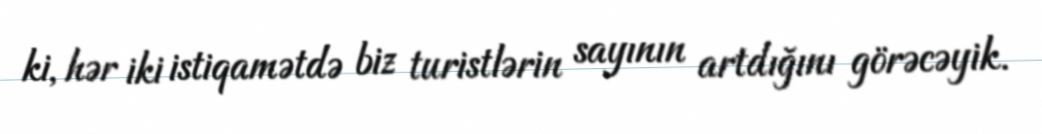
ki, hər iki istiqamətdə biz turistlərin sayının artdığını görəcəyik.